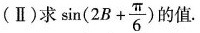
(Ⅱ)求 $$\sin (2B+ \frac{ \pi }{6})$$ 的值.